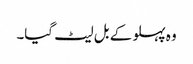
وہ پہلو کے بل لیٹ گیا۔